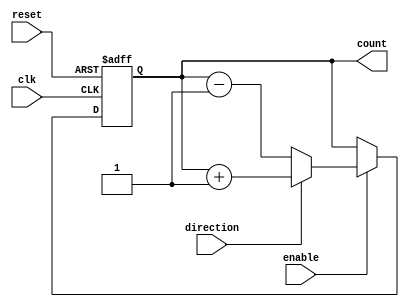
module UpDownCounter (
        input wire clk,
        input wire reset,
        input wire enable,
        input wire direction,
        output reg [8:0] count
    );
    
    always @(posedge clk or posedge reset) begin
        if (reset) begin
            count <= 0;
        end else if (enable) begin
            if (direction) begin
                count <= count + 1;
            end else begin
                count <= count - 1;
            end
        end
    end

endmodule